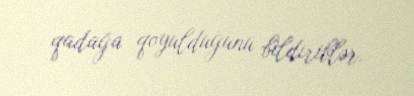
qadağa qoyulduğunu bildiriblər.